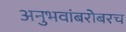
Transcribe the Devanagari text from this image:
अनुभवांबरोबरच